system: You are a helpful assistant.
user:
Analyze the provided spectrum to determine if it is a **M-type Giant (gM)**.

A M-type Giant spectrum is defined by its **strong molecular absorption** features, particularly from **Titanium Oxide (TiO)**. You must check for one of the following mutually exclusive signatures:

- **Key Visual Indicators (Absorption-Dominated Spectrum):**

    - **(Primary):** The spectrum is dominated by strong molecular absorption from **Titanium Oxide (TiO)**. This is the **defining feature** of its M-type temperature class.
        - **(Key Bandheads):** Look for sharp, "saw-tooth" absorption valleys. The strongest are located near **~7050 Å**, **~6160 Å**, and **~5170 Å**.
        - **(Line Profile):** The "saw-tooth" morphology is critical: a **sharp, steep drop on the BLUE (short-wavelength) side** of the bandhead, followed by a gradual recovery (rising flux) towards the RED (long-wavelength) side.

    - **(Key Confirmation - Giant vs. Dwarf):** **ABSENCE** of strong **Calcium Hydride (CaH)** molecular bands. This is the primary diagnostic for *excluding* M-dwarfs.
        - **(Key Region):** The spectrum should lack the strong, broad absorption band seen in dwarfs between **~6800 Å and ~7000 Å**.

    - **(Secondary Confirmation - Giant):** A very strong and broad **Neutral Calcium (Ca I)** atomic absorption line.
        - **(Key Line):** Located at **~4226 Å**. In a giant (gM), this line is significantly deeper and broader than the same line in an M-dwarf (dM) due to low surface gravity.

    - **(Overall Spectrum):**
        - The continuum is **extremely red-sloping** (i.e., flux is very low in the blue and rises dramatically towards the red).
        - The entire spectrum appears "chopped up" by the deep TiO bands.

Think first, call **spectral_visualization_tool** if needed to examine features in detail, then provide your final answer. Your response must adhere to the following strict rules:
1.  **Overall Structure:** Your response must follow the format `<think>...</think> <tool_call>...</tool_call> (if a tool is used) <answer>...</answer>`.
2.  **Tool Usage Constraint:** You may only make **one** tool call per turn.
3.  **Final Answer Format:** In the `<answer>` tag, your conclusion must be inside a `\boxed{}` command (e.g., `\boxed{YES}` or `\boxed{NO}`), followed by your justification.

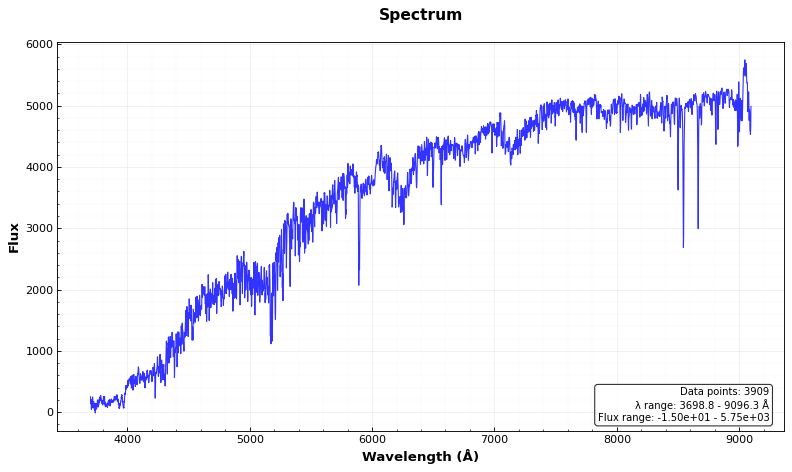
Answer: YES